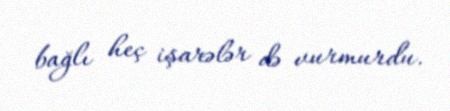
bağlı heç işarələr də vurmurdu.